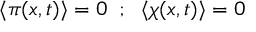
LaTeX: \langle \pi ( x , t ) \rangle = 0 \; \; ; \; \; \langle \chi ( x , t ) \rangle = 0